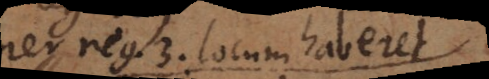
per reg. 3. locum haberet